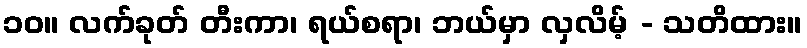
၁၀။ လက်ခုတ် တီးကာ၊ ရယ်စရာ၊ ဘယ်မှာ လှလိမ့် - သတိထား။